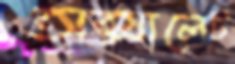
অক্সালেট